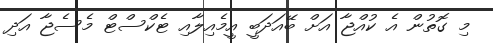
މި ގޮތުން އެ ކުއްޖާ އަށް ބޭއަދަބީ އީމެއިލާއި ޓެކްސްޓް މެސެޖާ އަދި